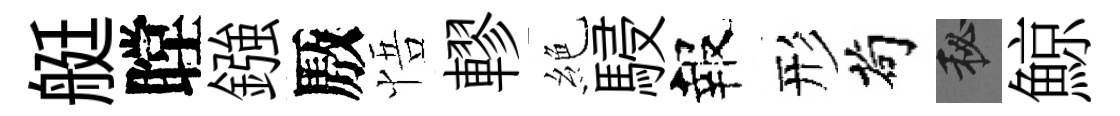
艇瞠鏹厫悟轇絶駸報形茍秘鯨